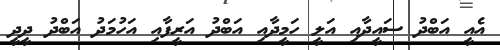
އެއީ އަބްދު ސައީދާއި އަލީ ހަމީދާއި އަބްދު އަރީފާއި އަހުމަދު އަބްދު ދީދީ